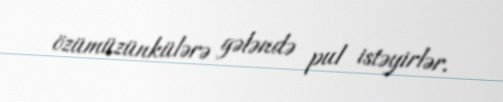
özümüzünkülərə gələndə pul istəyirlər.